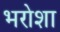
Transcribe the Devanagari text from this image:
भरोशा